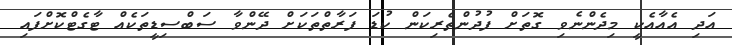
އަދި އެއާއެކީ މިދެންނެވި ގޮތަށް ފުދުންތެރިކަން ކުޑަ ފަރާތްތަކަށް ދޭންވާ ސަބްސިޑީތަކެއް ޓާގެޓްކޮށްފައި